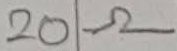
Text: 20Ω